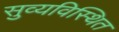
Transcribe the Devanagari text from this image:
सुव्यविस्थित